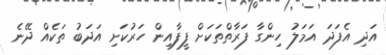
އަދި އެފަދަ އަމަލު ހިންގާ ފަރާތްތަކަށް ފީފާއިން ހަރުކަށި އަދަބު ތަކެއް ދޭނެ